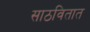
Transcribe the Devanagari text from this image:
साठवितात